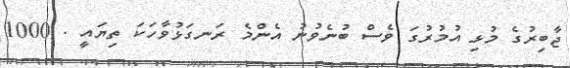
ޖާބިރުގެ މުޅި އުމުރުގަ ވެސް ބުނެވުނު އެންމެ ރަނގަޅުވާހަކަ ތިޔައީ . 1000